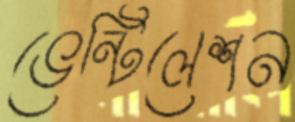
ভেন্টিলেশন